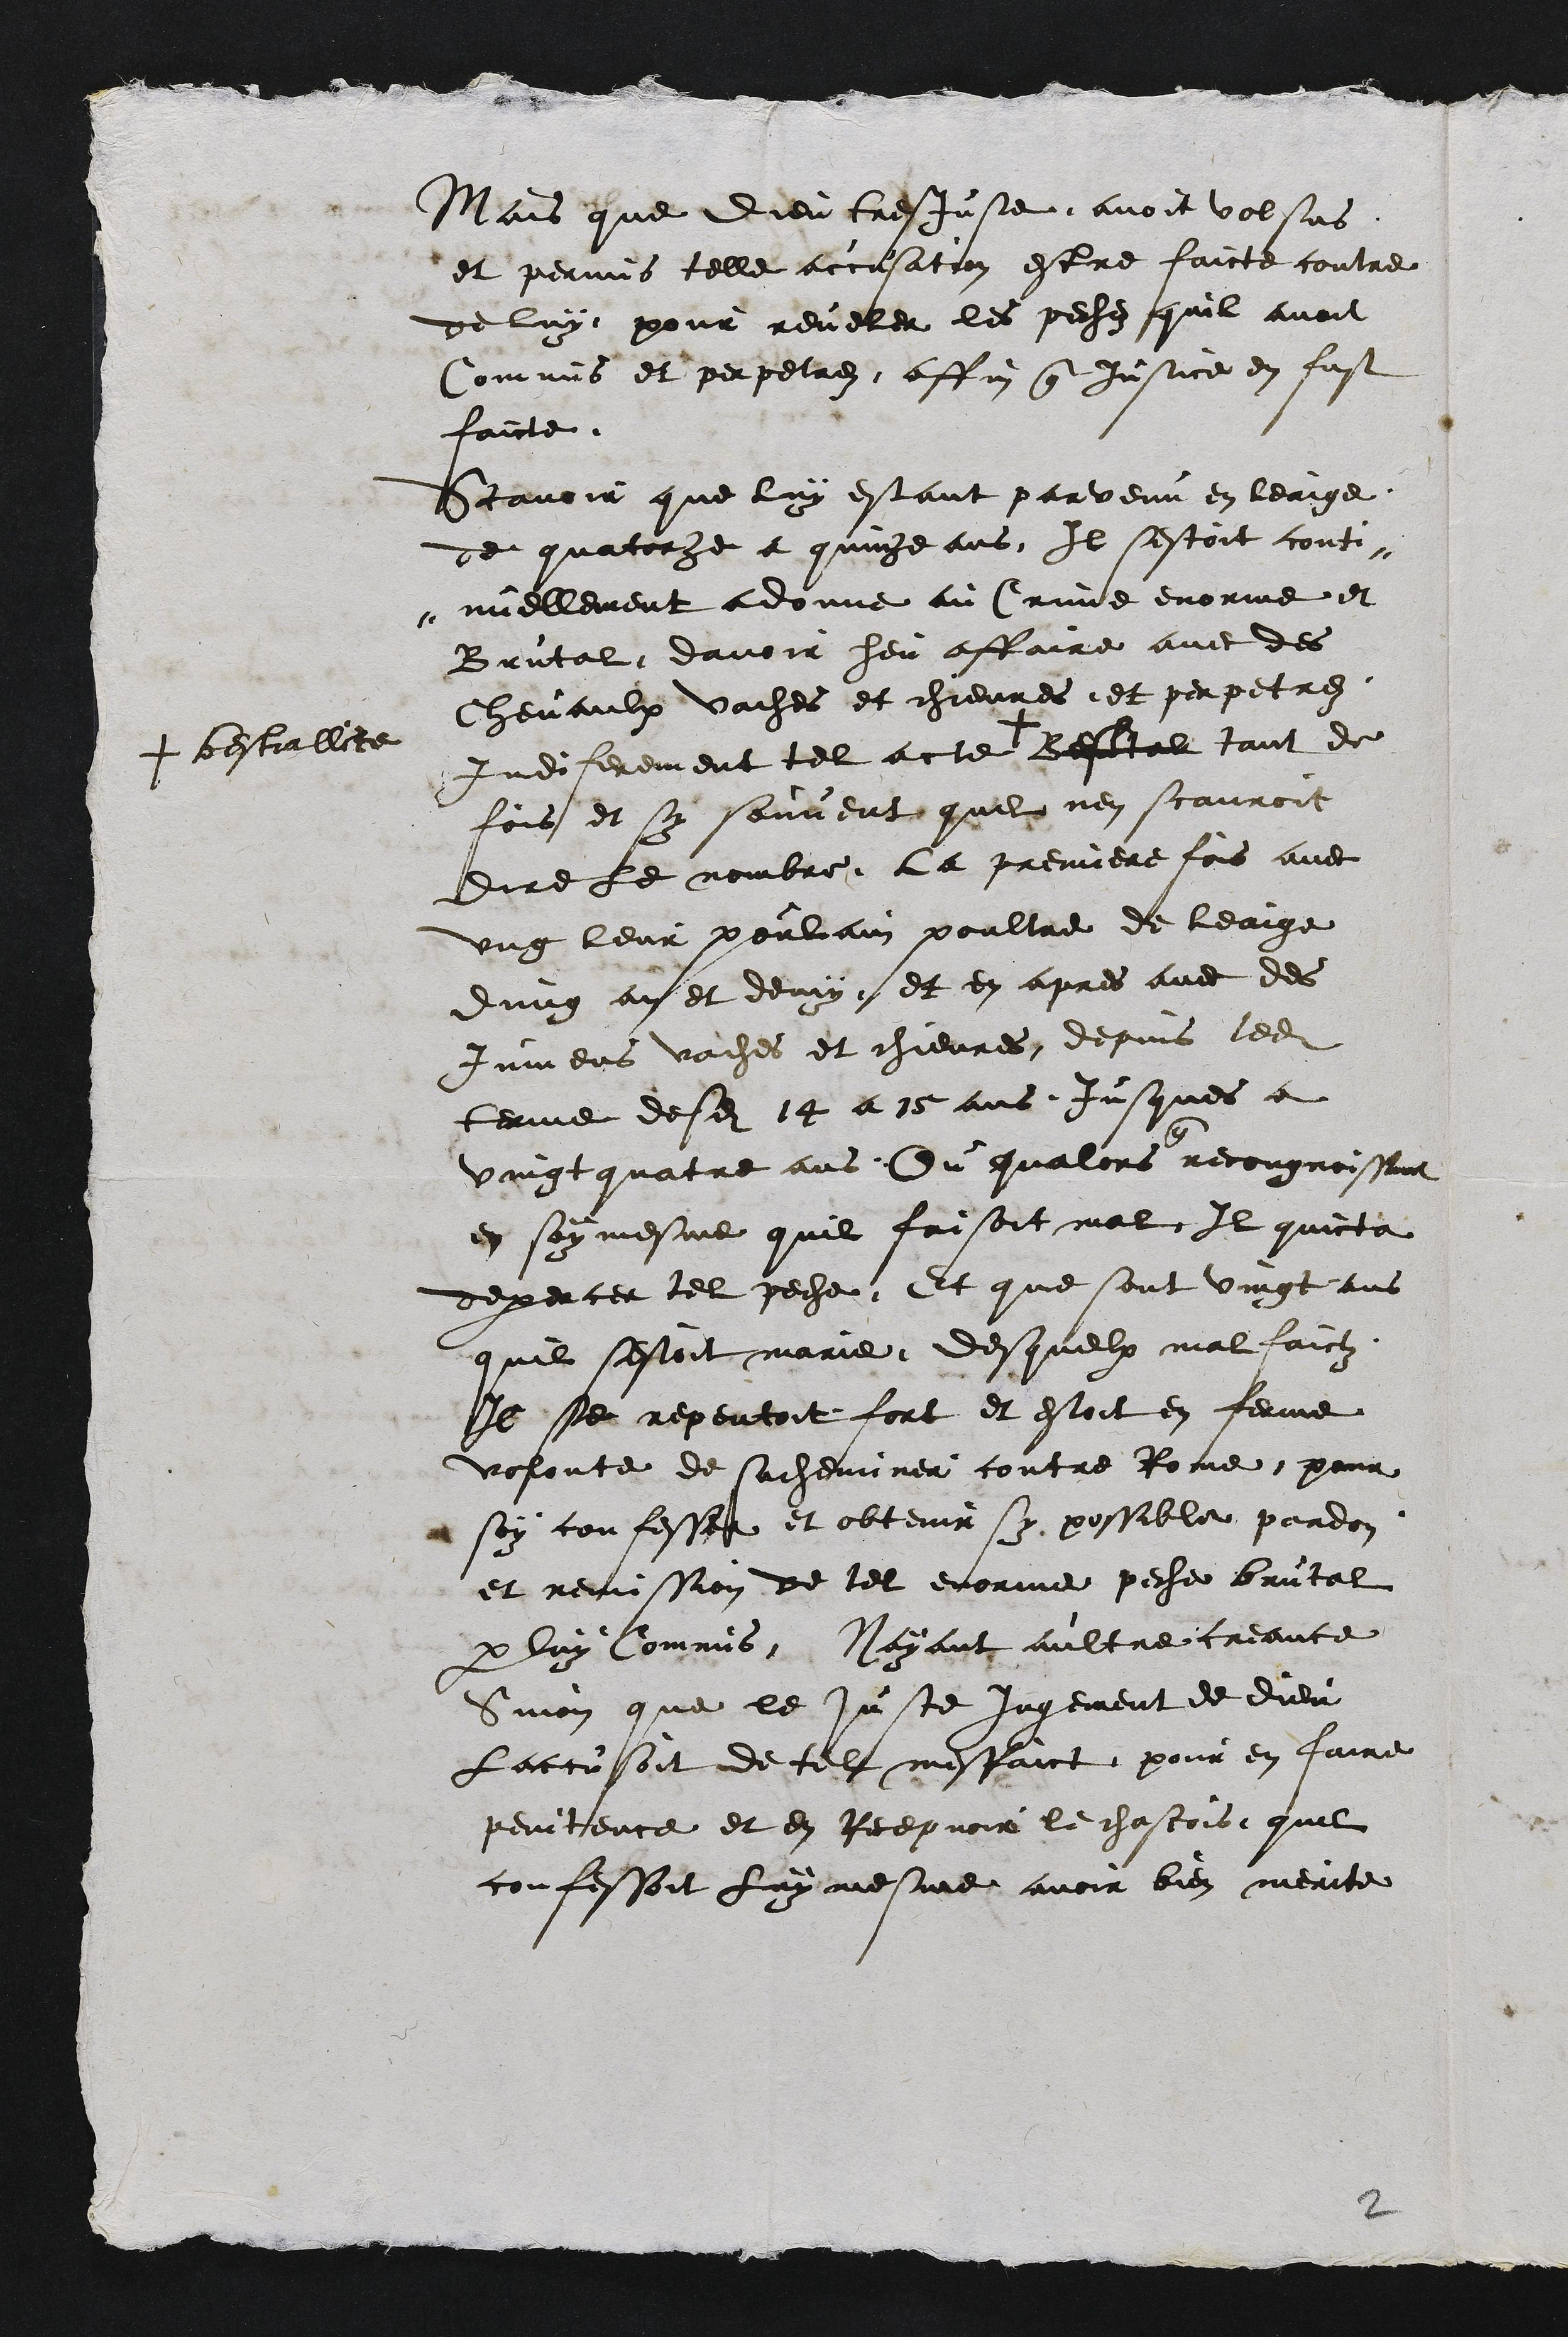
Mais que dieu tres juste avoit volsus
et permis telle accusation estre faicte contre
de luy pour reveler les pechez quil avoit
Commis et perpetrez affin que justice en fust
faicte
Scavoir que luy estant parvenu en leaige
de quatorze a quinze ans Il sestoit conti¬
nuellement adonne au Crime enorme et
Brutal davoir heu affaire avec des
chevaulx vaches et chievres et perpetrez
Indiferement tel acte +
+ bestiallite
Bestal tant de
fois et sy souvent quil nen scauroit
dire le nombre. La premiere fois avec
ung leur poulain poultre de leaige
dung an et demy et en apres avec des
jumens vaches et chievres depuis ledit
terme desdits 14 a 15 ans jusques a
vint quatre ans Ou qualors
que
recougnoissant
en soy mesme quil faisoit mal Il quicta
dexercer tel peche Et que sont vingt ans
quil sestoit marie desquelx mal faictz
Il se repentoit fort et estoit en ferme
volonte de sacheminer contre Rome pour
soy confesser et obtenir sy possible pardon
et remission de tel enorme peche brutal
par luy Commis Nayant aultre creance
Sinon que le juste Jugement de dieu
Laccusoit de tel meffaict pour en faire
penitence et en Recepvoir le chastois, quil
confessoit luy mesme avoir bien merite